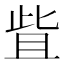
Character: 𬅿